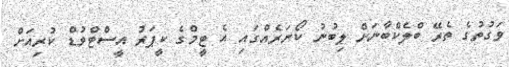
ވަގުތުގެ ތެރޭ ބްލެކްބާނަށް ލިބުނު ކޯނަރެއްގައި އެ ޓީމްގެ ކީޕަރު އީސްޓްވުޑް ކުރިއަށް